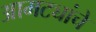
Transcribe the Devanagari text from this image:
आमट्यांचे